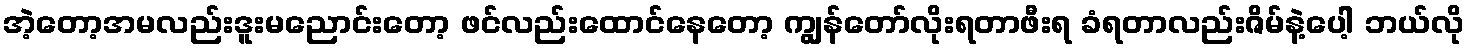
အဲ့တော့အမလည်းဒူးမညောင်းတော့ ဖင်လည်းထောင်နေတော့ ကျွန်တော်လိုးရတာဖီးရ ခံရတာလည်းဇိမ်နဲ့ပေါ့ ဘယ်လို